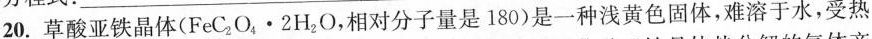
20.草酸亚铁晶体(FeC_{2}O_{4}\cdot 2H_{2}O，相对分子量是180)是一种浅黄色固体，难溶于水，受热